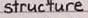
structure